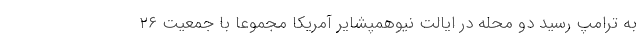
به ترامپ رسید دو محله در ایالت نیوهمپشایر آمریکا مجموعا با جمعیت ۲۶